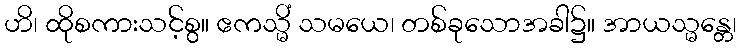
ဟိ၊ ထိုစကားသင့်စွ။ ဧကသ္မိံ သမယေ၊ တစ်ခုသောအခါ၌။ အာယသ္မန္တေ၊